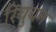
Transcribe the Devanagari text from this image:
रिवुवन